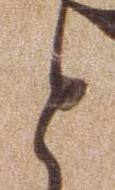
と